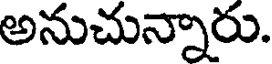
అనుచున్నారు.